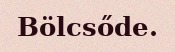
Bölcsőde.